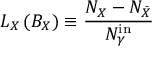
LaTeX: L _ { X } \, ( B _ { X } ) \equiv { \frac { N _ { X } - N _ { \bar { X } } } { N _ { \gamma } ^ { \mathrm { i n } } } }